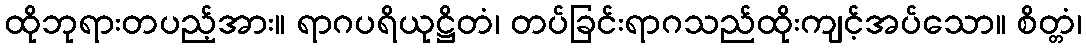
ထိုဘုရားတပည့်အား။ ရာဂပရိယုဋ္ဌိတံ၊ တပ်ခြင်းရာဂသည်ထိုးကျင့်အပ်သော။ စိတ္တံ၊